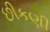
છીકણી